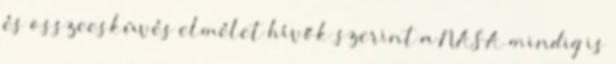
és összeesküvés elmélet hívők szerint a NASA mindig is